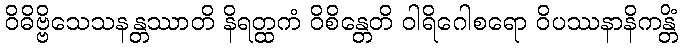
ဝိဓိဗ္ဗိသေသနန္တဿာတိ နိရတ္ထကံ ဝိစိန္တေတိ ဝါရိဂေါစရော ဝိပဿနာနိကန္တိံ